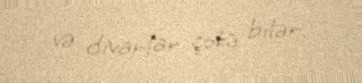
və divarlar çökə bilər.